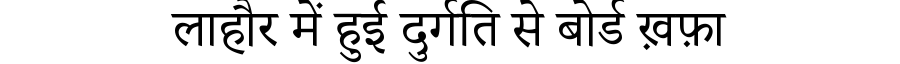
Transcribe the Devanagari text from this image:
लाहौर में हुई दुर्गति से बोर्ड ख़फ़ा